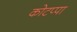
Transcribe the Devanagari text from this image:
कोटप्‍पा